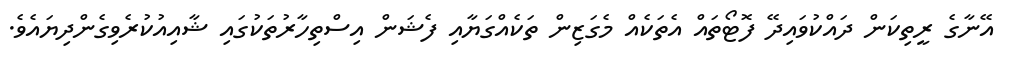
އޭނާގެ ރީތިކަން ދައްކުވައިދޭ ފޮޓޯތައް އެތަކެއް މެގަޒިން ތަކެއްގަޔާއި ފެޝަން އިސްތިހާރުތަކުގައި ޝާއިއުކުރެވިގެންދިޔައެވެ.